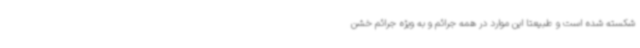
شکسته شده است و طبیعتا این موارد در همه جرائم و به ویژه جرائم خشن